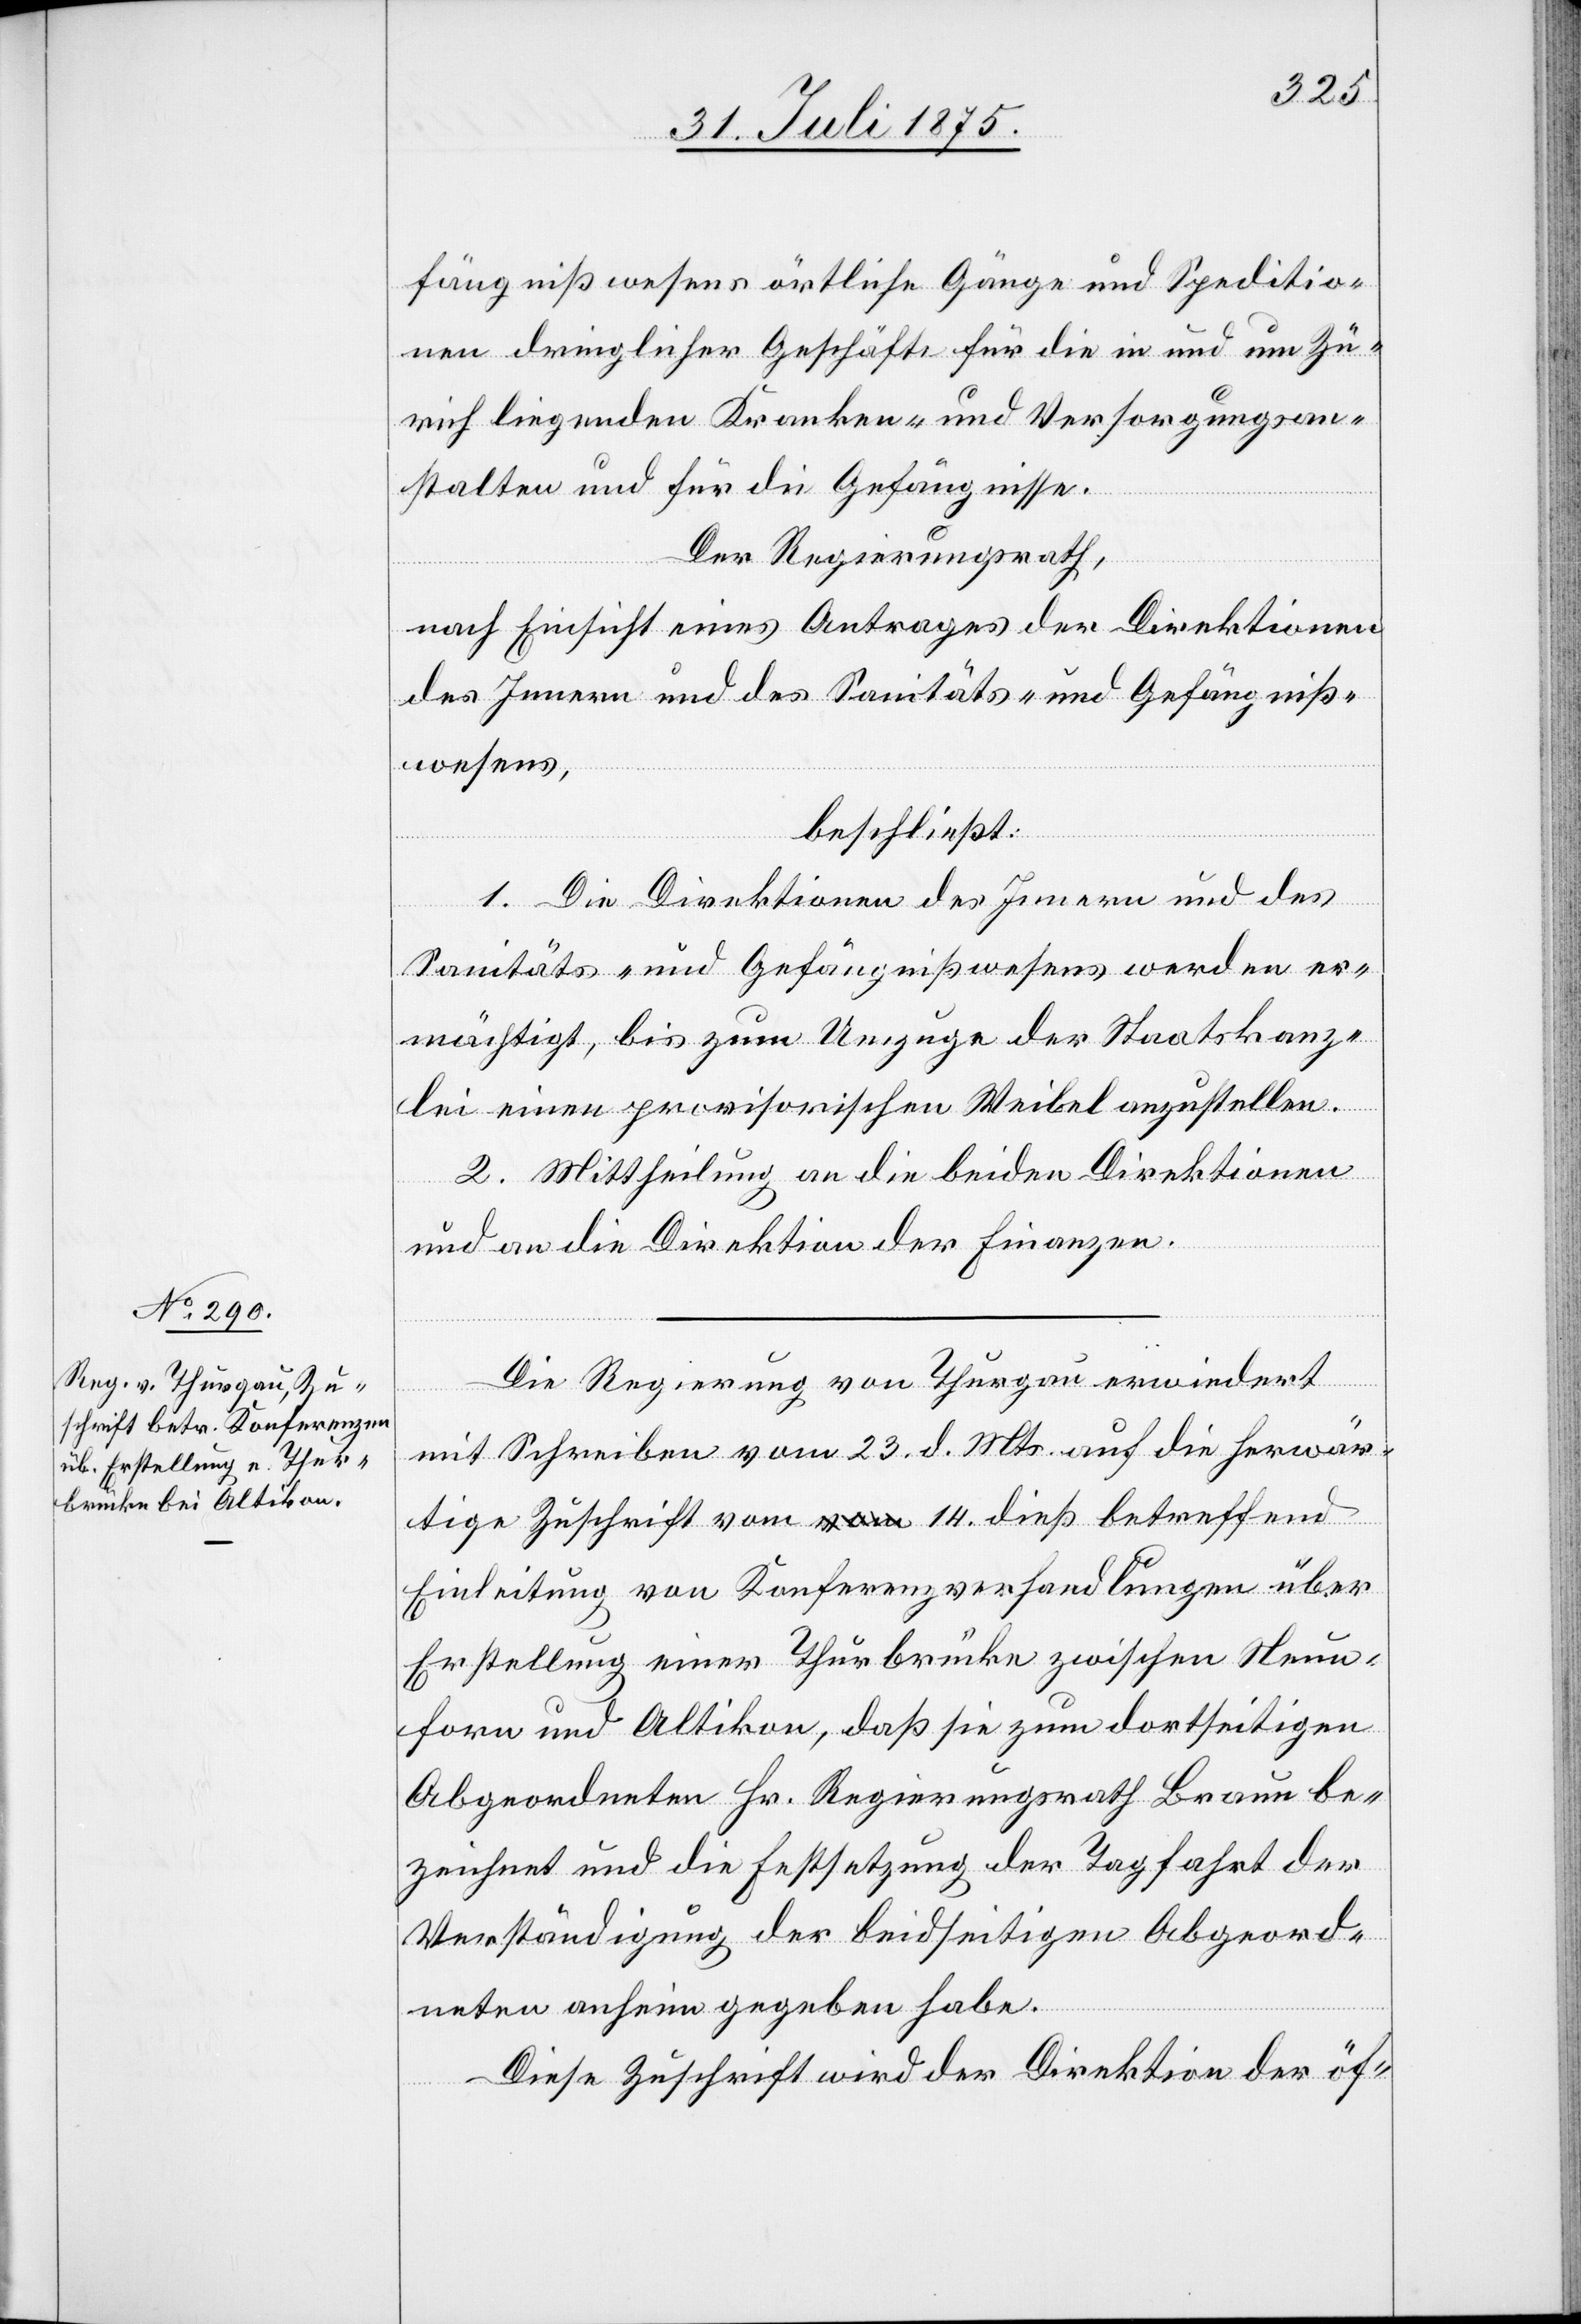
fängnißwesens örtliche Gänge und Speditio¬
nen dringlicher Geschäft für die in und um Zü¬
rich liegenden Kranken- und Versorgungsan¬
stalten und für die Gefängniße.
Der Regierungsrath,
nach Einsicht eines Antrages der Direktionen
des Innern und des Sanitäts- und Gefängniß¬
wesens,
beschließt:
1. Die Direktionen des innern und des
Sanitäts- und Gefängißwesens werden er¬
mächtigt, bis zum Umzuge der Staatskanz¬
lei einen provisorischen Weibel anzustellen.
2. Mittheilung an die beiden Direktionen
und an die Direktion der Finanzen.
Die Regierung von Thurgau erwiedert
mit Schreiben vom 23. d. Mts auf die herwär¬
tige Zuschrift vom 14. dieß betreffend
Einleitung von Konferenzverhandlungen über
Erstellung einer Thurbrücke zwischen Neun¬
forn und Altikon, daß sie zum dortseitigen
Abgeordneten Hr. Regierungsrath Braun be¬
zeichnet und die Festsetzung der Tagfahrt der
Verständigung der beidseitigen Abgeord¬
neten anheim gegeben habe.
Diese Zuschrift wird der Direktion der öf-